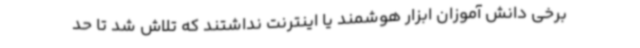
برخی دانش آموزان ابزار هوشمند یا اینترنت نداشتند که تلاش شد تا حد